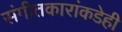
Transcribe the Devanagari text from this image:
संगीतकारांकडेही